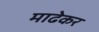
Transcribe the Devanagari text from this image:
माढेकर